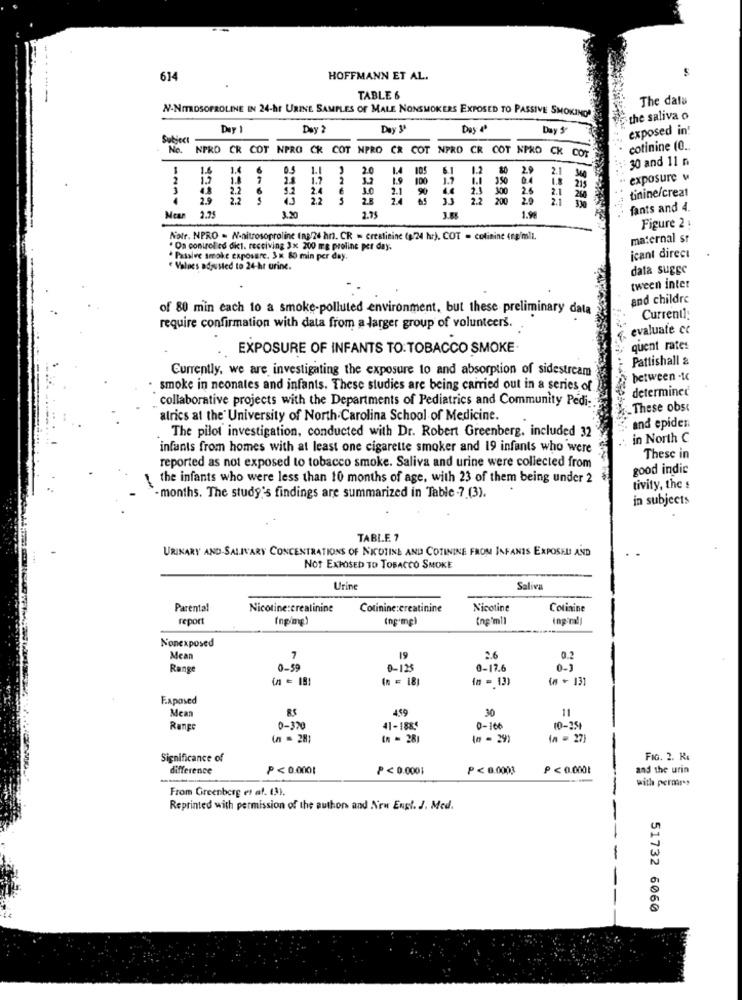
614
HOFFMANN ET AL.
------
TABLE 6
The data
N-NITROSOFROLINE IN 24-hr URINE SAMPLES OF MALE NONSMOKERS EXPOSED TO PASSIVE SMOKING
the saliva o
Day 2
Day "
Day 4
Day &
exposed in!
Subject
No. NPRO CR COT NPRO CK COT NPRO CR COT
NPRO CR COT NPRO CK COT
cotinine (0 ..
30 and 11 n
1.4
0.5
1.1
2.0
1.4
105
6.1
1.2
80 2.9 2.1 340
2
15
1.8
1.7 2
1.9 100
1.9
1.1 350
215
exposure v
4.8
2.2
6
2.4
LA
3.0
2.1
90
2.3 300
25
2.9
2.2
22
28
2.4
33
2.2 200
20
2.1 260
2.1
330
tinine/creat
2.75
fants and 4.
Mean 2.75
3.20
3.6
1.99
Figure 2 :
Notr. NPRO - N-nitrosoproline (np 24 hr. CR = creatinine (p/24 hr). COT = colinint (np/mli.
maternal st
Os control co dit. receiving 3x 200 mg proline per day.
· Passive smoke exposure. 3 x 80 min per day.
icant direct
€ Valnes adjusted to 24-hr urine.
dala Suggc
tween inter
and childre
of 80 min each to a smoke-polluted environment, but these preliminary data
Current:
require confirmation with data from a larger group of volunteers.
evaluate co
. EXPOSURE OF INFANTS TO: TOBACCO SMOKE
quent rates
Pattishall a
Currently, we are investigating the exposure to and absorption of sidestream
between -Ic
smoke in neonales and infants. These studies are being carried out in a series of
determined
collaborative projects with the Departments of Pediatrics and Community Pedi-
.These obst
atrics at the University of North Carolina School of Medicine.
and epiden
The pilot investigation, conducted with Dr. Robert Greenberg. included 32
in North C
infants from homes with at least one cigarette smoker and 19 infants who were
These in
reported as not exposed to tobacco smoke. Saliva and urine were collected from
good indic
the infants who were less than 10 months of age, with 23 of them being under 2
tivity, the s
- months. The study's findings are summarized in Table -7.(3).
in subjects
TABLE ?
URINARY AND-SALIVARY CONCENTRATIONS OF NICOTINE AND COTINING FROM INFANTS EXPOSED AND
NOT EXPOSED TO TOBACCO SMOKE
Urine
Saliva
Parental
Nicotine:creatinine
Cotinine:creatinine
Nicotine
Colinine
repor
(npimg)
(ng-mg)
(ng'ml)
Nonexposed
Mean
7
19
2.6
0.2
Range
0-59
0- 125
0-17.6
0-1
(n = 18)
(n = 13)
( + 131
F.xposed
Mean
RS
459
30
11
Range
-320
41-1885
0-166
10-251
( = 28)
(n = 281
(n = 29)
(n = 27)
Significance of
FIG. 2. R.
difference
P<0.0001
P< 0.0001
P<0.0003
P < 0.0001
and the urin
with permars
From Greenberg et af. (3).
Reprinted with permission of the author and Nrw Engl. J. Med.
51732 6060